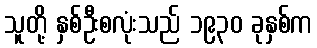
သူတို့ နှစ်ဦးစလုံးသည် ၁၉၃၀ ခုနှစ်က